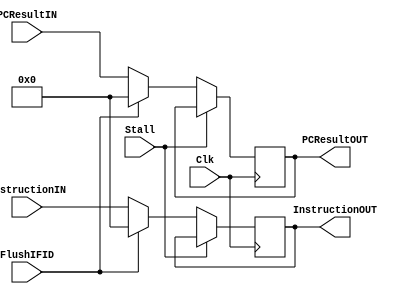
module IF_ID(InstructionIN, InstructionOUT, PCResultIN, PCResultOUT, Clk, Stall, FlushIFID);

    input Clk, Stall, FlushIFID;
    input [31:0]InstructionIN, PCResultIN;
    output reg [31:0]InstructionOUT, PCResultOUT;

    always@(posedge Clk) begin
        if (Stall) begin
        end
        else if((FlushIFID == 1)) begin
            InstructionOUT <= 0;
            PCResultOUT <= 0;
        end
        else begin
          InstructionOUT <= InstructionIN;
          PCResultOUT <= PCResultIN;
        end
    end

endmodule